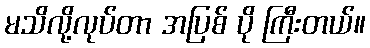
မသိလို့လုပ်တာ အပြစ် ပို ကြီးတယ်။